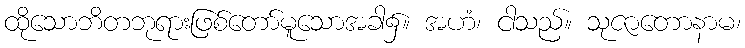
ထိုသောဘိတဘုရားဖြစ်တော်မူသောအခါ၌။ အဟံ၊ ငါသည်။ သုဇာတောနာမ၊